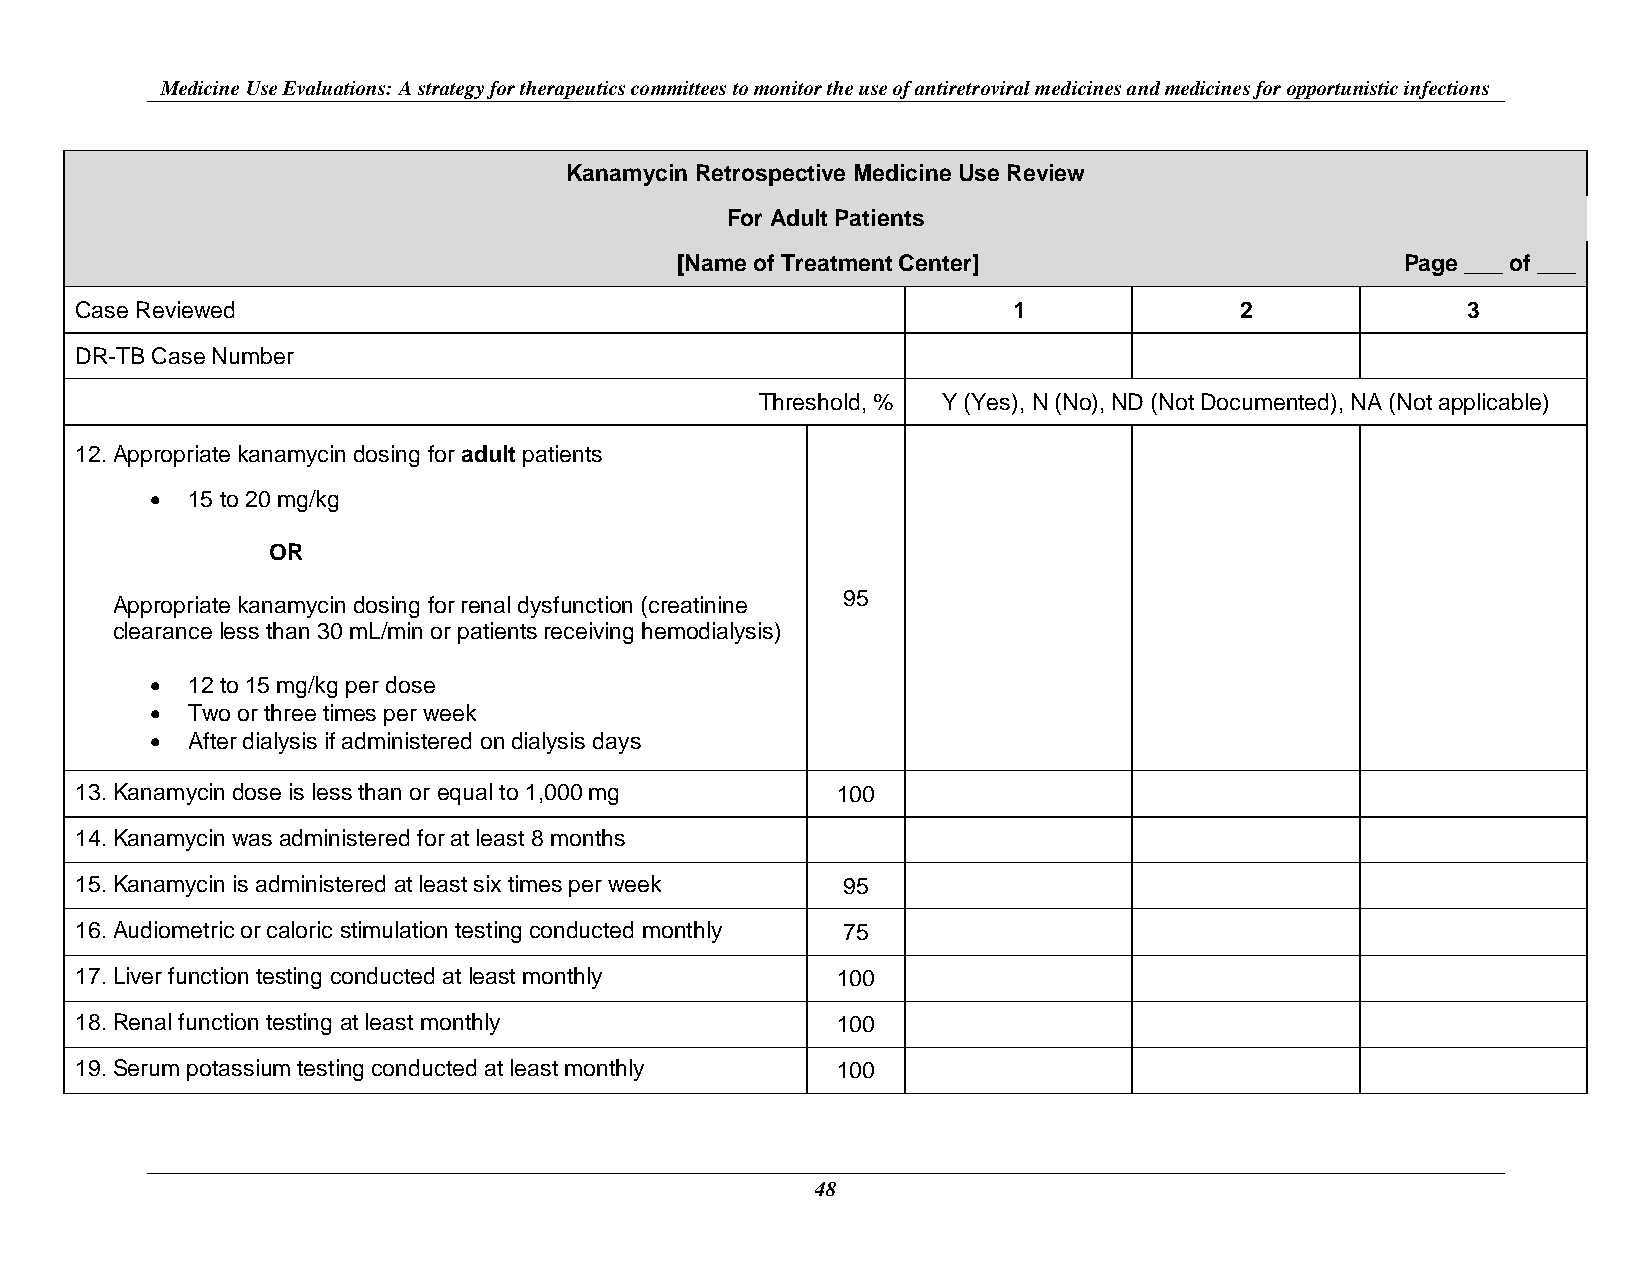
Medicine Use Evaluations: A strategy for therapeutics committees to monitor the use of antiretroviral medicines and medicines for opportunistic infections
 Kanamycin Retrospective Medicine Use Review
 For Adult Patients
 [Name of Treatment Center]                      Page ___ of ___
 Case Reviewed                                                 1              2              3
 DR-TB Case Number
 Threshold, % Y (Yes), N (No), ND (Not Documented), NA (Not applicable)
 12. Appropriate kanamycin dosing for adult patients
  15 to 20 mg/kg
 OR
 95
 Appropriate kanamycin dosing for renal dysfunction (creatinine
 clearance less than 30 mL/min or patients receiving hemodialysis)
  12 to 15 mg/kg per dose
  Two or three times per week
  After dialysis if administered on dialysis days
 13. Kanamycin dose is less than or equal to 1,000 mg 100
 14. Kanamycin was administered for at least 8 months
 15. Kanamycin is administered at least six times per week 95
 16. Audiometric or caloric stimulation testing conducted monthly 75
 17. Liver function testing conducted at least monthly 100
 18. Renal function testing at least monthly       100
 19. Serum potassium testing conducted at least monthly 100
 48